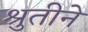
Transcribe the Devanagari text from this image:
श्रुतीने